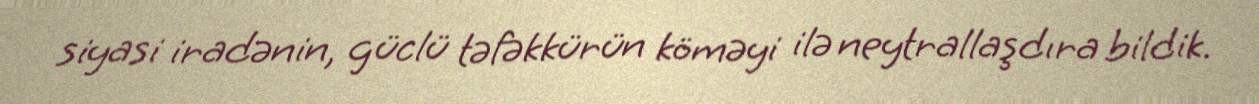
siyasi iradənin, güclü təfəkkürün köməyi ilə neytrallaşdıra bildik.